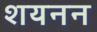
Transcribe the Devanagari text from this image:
शयनन